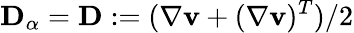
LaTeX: \mathbf{D}_{\alpha}=\mathbf{D}:=(\nabla\mathbf{v}+(\nabla\mathbf{v})^{T})/2